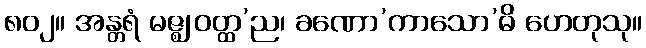
၈၀၂။ အန္တရံ မဇ္ဈ ဝတ္ထ’ည၊ ခဏော’ကာသော’ဓိ ဟေတုသု။